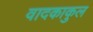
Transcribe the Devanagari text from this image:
वादकाकुल